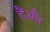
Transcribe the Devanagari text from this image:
हैंऔऱ